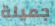
جميلة